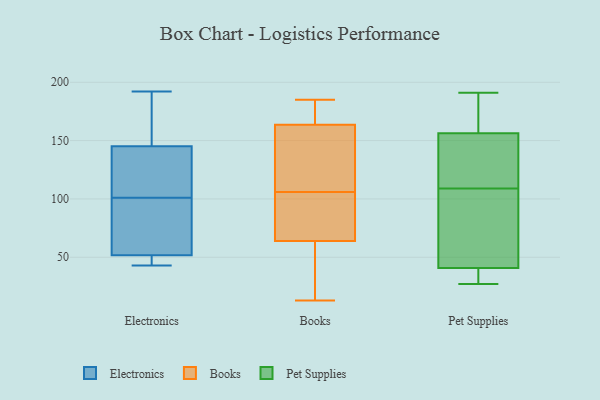
{"axis": {"x": "Gross Profit (USD K)", "y": "Value"}, "legend": ["Books", "Electronics", "Pet Supplies"], "data": [{"x": "", "y": 123, "type": "Electronics"}, {"x": "", "y": 47, "type": "Electronics"}, {"x": "", "y": 54, "type": "Electronics"}, {"x": "", "y": 192, "type": "Electronics"}, {"x": "", "y": 76, "type": "Electronics"}, {"x": "", "y": 101, "type": "Electronics"}, {"x": "", "y": 140, "type": "Electronics"}, {"x": "", "y": 131, "type": "Electronics"}, {"x": "", "y": 147, "type": "Electronics"}, {"x": "", "y": 175, "type": "Electronics"}, {"x": "", "y": 43, "type": "Electronics"}, {"x": "", "y": 51, "type": "Electronics"}, {"x": "", "y": 99, "type": "Electronics"}, {"x": "", "y": 51, "type": "Electronics"}, {"x": "", "y": 151, "type": "Electronics"}, {"x": "", "y": 69, "type": "Books"}, {"x": "", "y": 34, "type": "Books"}, {"x": "", "y": 100, "type": "Books"}, {"x": "", "y": 75, "type": "Books"}, {"x": "", "y": 97, "type": "Books"}, {"x": "", "y": 112, "type": "Books"}, {"x": "", "y": 133, "type": "Books"}, {"x": "", "y": 166, "type": "Books"}, {"x": "", "y": 39, "type": "Books"}, {"x": "", "y": 96, "type": "Books"}, {"x": "", "y": 161, "type": "Books"}, {"x": "", "y": 13, "type": "Books"}, {"x": "", "y": 180, "type": "Books"}, {"x": "", "y": 121, "type": "Books"}, {"x": "", "y": 152, "type": "Books"}, {"x": "", "y": 175, "type": "Books"}, {"x": "", "y": 59, "type": "Books"}, {"x": "", "y": 55, "type": "Books"}, {"x": "", "y": 171, "type": "Books"}, {"x": "", "y": 185, "type": "Books"}, {"x": "", "y": 51, "type": "Pet Supplies"}, {"x": "", "y": 36, "type": "Pet Supplies"}, {"x": "", "y": 68, "type": "Pet Supplies"}, {"x": "", "y": 27, "type": "Pet Supplies"}, {"x": "", "y": 109, "type": "Pet Supplies"}, {"x": "", "y": 191, "type": "Pet Supplies"}, {"x": "", "y": 154, "type": "Pet Supplies"}, {"x": "", "y": 42, "type": "Pet Supplies"}, {"x": "", "y": 190, "type": "Pet Supplies"}, {"x": "", "y": 163, "type": "Pet Supplies"}, {"x": "", "y": 37, "type": "Pet Supplies"}, {"x": "", "y": 116, "type": "Pet Supplies"}, {"x": "", "y": 135, "type": "Pet Supplies"}]}